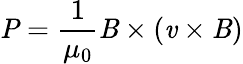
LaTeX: \textbf{\emph{P}}=\frac{1}{\mu_{0}}\textbf{\emph{B}}\times(\textbf{\emph{v}}\times\textbf{\emph{B}})